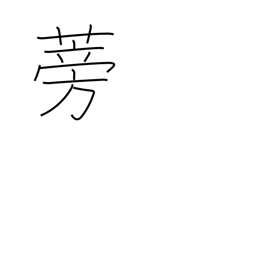
Meaning: burdock